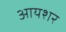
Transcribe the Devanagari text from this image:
आयशर